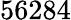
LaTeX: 56284